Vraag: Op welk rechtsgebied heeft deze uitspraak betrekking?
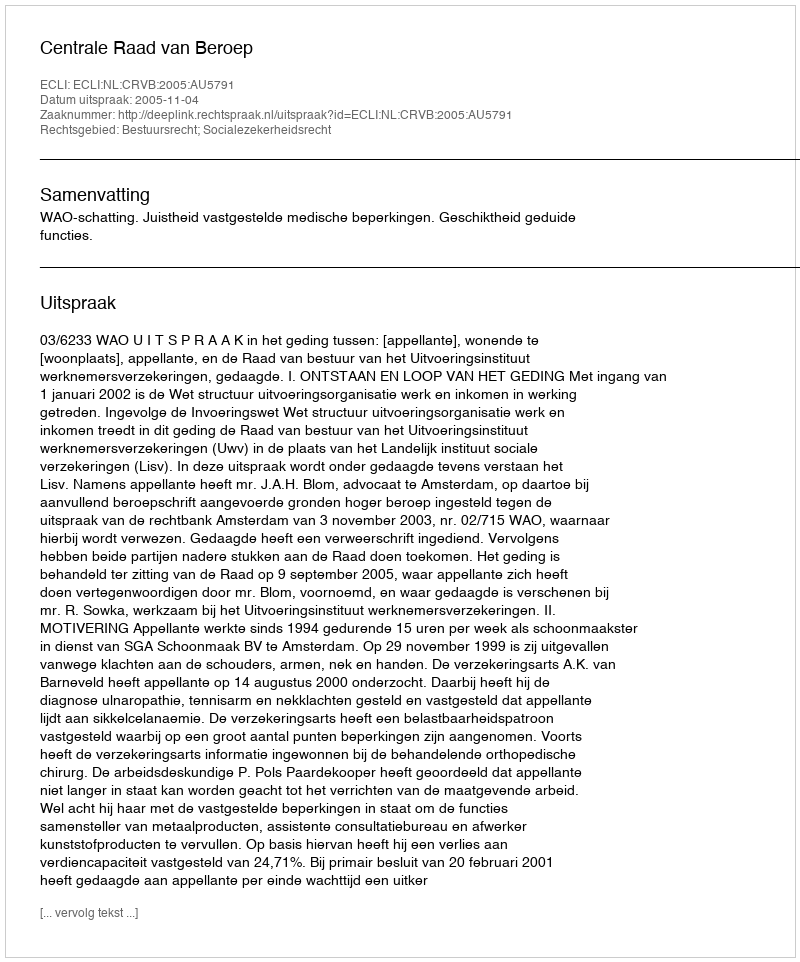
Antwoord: Bestuursrecht; Socialezekerheidsrecht